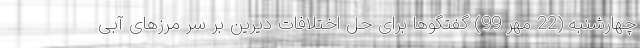
چهارشنبه (22 مهر 99) گفتگوها برای حل اختلافات دیرین بر سر مرزهای آبی